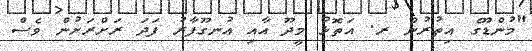
"މުންޑޫގެ އިތުރުން ރ. އަތޮޅު މީދޫ އާއި އުނގޫފާރު ފަދަ ރަށްރަށުން ވެސް